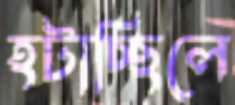
হটাচ্ছিলে